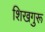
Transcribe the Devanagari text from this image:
शिखगुरू